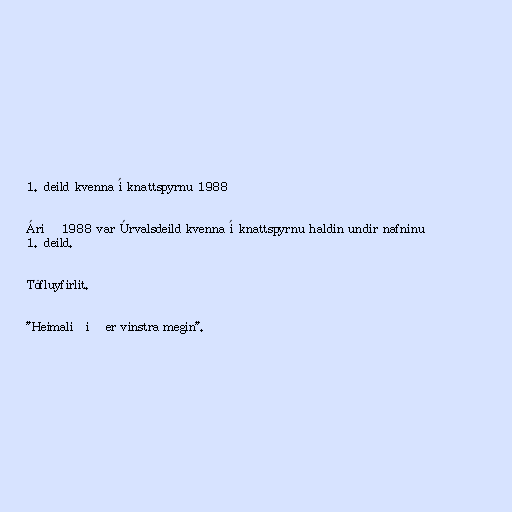
1. deild kvenna í knattspyrnu 1988

Árið 1988 var Úrvalsdeild kvenna í knattspyrnu haldin undir nafninu
1. deild.

Töfluyfirlit.

"Heimaliðið er vinstra megin".